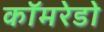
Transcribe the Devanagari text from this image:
कॉमरेडो